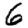
Digit: 6